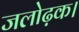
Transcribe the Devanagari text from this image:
जलोढ़क।